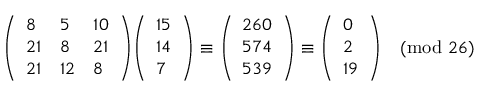
{ \left( \begin{array} { l l l } { 8 } & { 5 } & { 1 0 } \\ { 2 1 } & { 8 } & { 2 1 } \\ { 2 1 } & { 1 2 } & { 8 } \end{array} \right) } { \left( \begin{array} { l } { 1 5 } \\ { 1 4 } \\ { 7 } \end{array} \right) } \equiv { \left( \begin{array} { l } { 2 6 0 } \\ { 5 7 4 } \\ { 5 3 9 } \end{array} \right) } \equiv { \left( \begin{array} { l } { 0 } \\ { 2 } \\ { 1 9 } \end{array} \right) } { \pmod { 2 6 } }